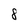
Character: 8